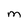
Character: M